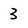
Character: 3